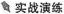
实战演练